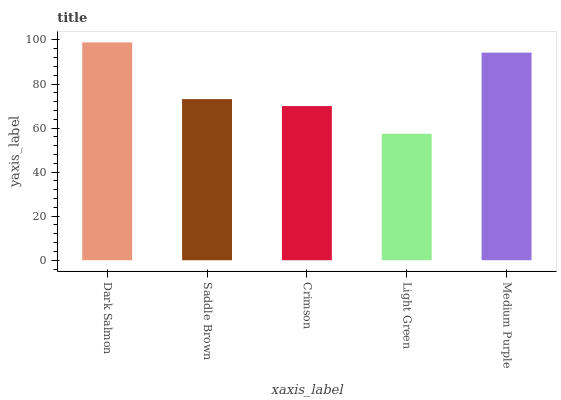
| xaxis_label | bars |
 | --- | --- |
 | Dark Salmon | 98.9 |
 | Saddle Brown | 73.2 |
 | Crimson | 70 |
 | Light Green | 57.4 |
 | Medium Purple | 94.3 |